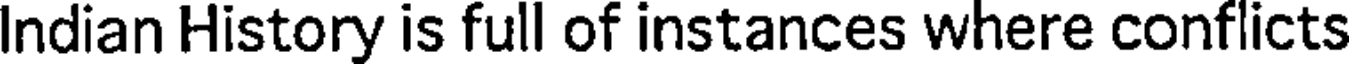
Indian History is full of instances where conflicts